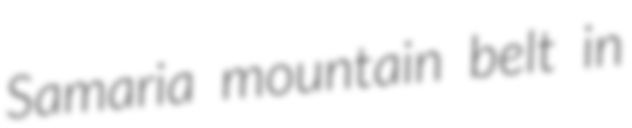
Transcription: Samaria mountain belt in